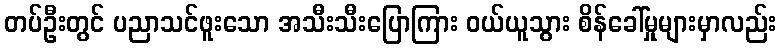
တပ်ဦးတွင် ပညာသင်ဖူးသော အသီးသီးပြောကြား ဝယ်ယူသွား စိန်ခေါ်မှုများမှာလည်း